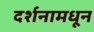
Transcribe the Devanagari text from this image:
दर्शनामधून